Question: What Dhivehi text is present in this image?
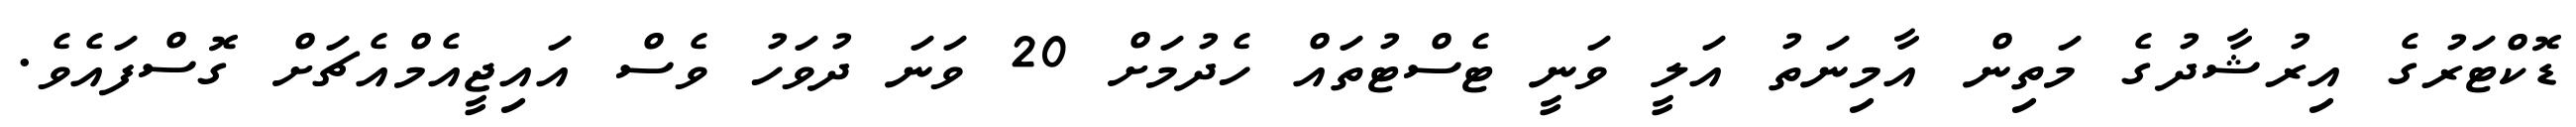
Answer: ޑޮކްޓަރުގެ އިރުޝާދުގެ މަތިން އާމިނަތު އަލީ ވަނީ ޓެސްޓުތައް ހެދުމަށް 20 ވަނަ ދުވަހު ވެސް އައިޖީއެމްއެޗަށް ގޮސްފައެވެ.